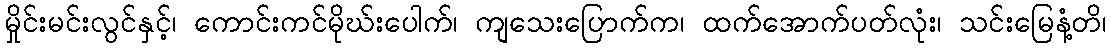
မှိုင်းမင်းလွင်နှင့်၊ ကောင်းကင်မိုဃ်းပေါက်၊ ကျသေးပြောက်က၊ ထက်အောက်ပတ်လုံး၊ သင်းမြေနံ့တိ၊